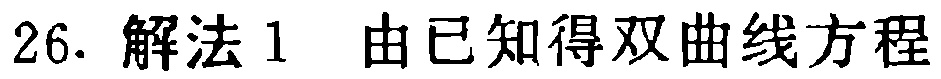
26. 解法1 由已知得双曲线方程